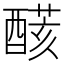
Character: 𨢟